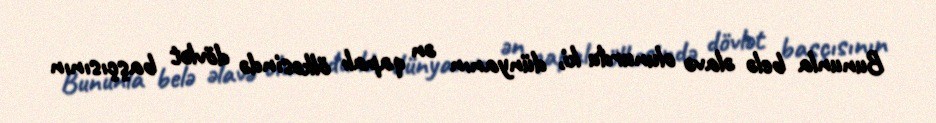
Bununla belə əlavə olunurdu ki, dünyanın ən qapalı ölkəsində dövlət başçısının